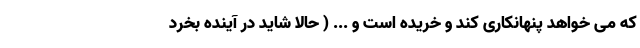
که می خواهد پنهانکاری کند و خریده است و ... ( حالا شاید در آینده بخرد